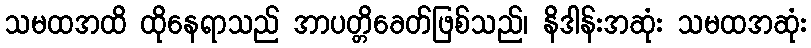
သမထအထိ ထိုနေရာသည် အာပတ္တိခေတ်ဖြစ်သည်၊ နိဒါန်းအဆုံး သမထအဆုံး